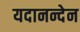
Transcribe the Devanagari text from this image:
यदानन्देन